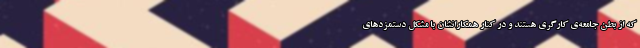
که از بطن جامعه‌ی کارگری هستند و در کنار همکارانشان با مشکل دستمزدهای